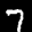
Label: 7